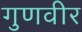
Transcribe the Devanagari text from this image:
गुणवीर